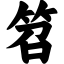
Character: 笤